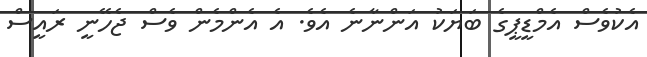
އެކުވެސް އެމްޑީޕީގެ ބަޔަކު އަންނާނެ އެވެ. އެ އެންމެން ވެސް ޖެހޭނީ ރައީސް